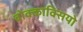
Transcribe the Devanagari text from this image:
बोक्काक्सियो